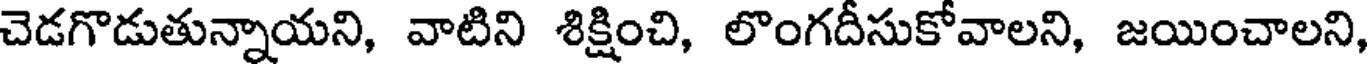
చెడగొడుతున్నాయని, వాటిని శిక్షించి, లొంగదీసుకోవాలని, జయించాలని,